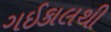
ગઈકાલથી